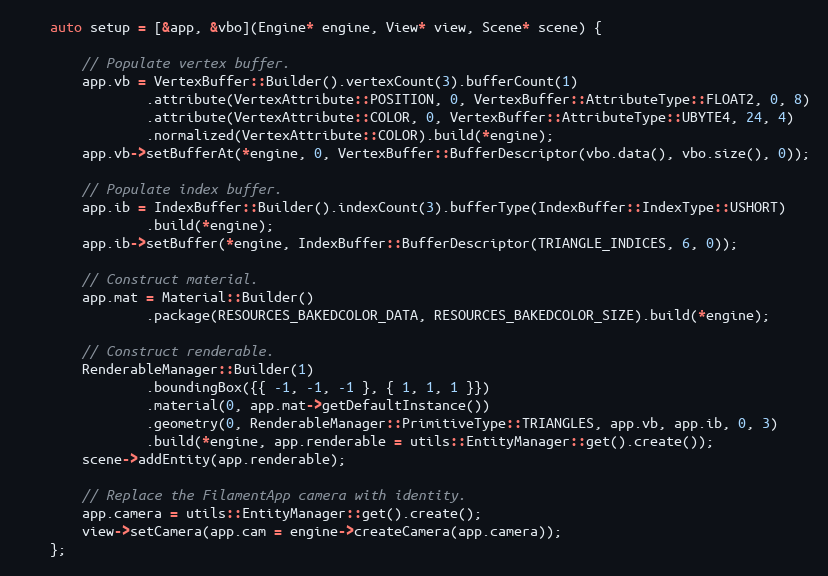
Language: C++
    auto setup = [&app, &vbo](Engine* engine, View* view, Scene* scene) {

        // Populate vertex buffer.
        app.vb = VertexBuffer::Builder().vertexCount(3).bufferCount(1)
                .attribute(VertexAttribute::POSITION, 0, VertexBuffer::AttributeType::FLOAT2, 0, 8)
                .attribute(VertexAttribute::COLOR, 0, VertexBuffer::AttributeType::UBYTE4, 24, 4)
                .normalized(VertexAttribute::COLOR).build(*engine);
        app.vb->setBufferAt(*engine, 0, VertexBuffer::BufferDescriptor(vbo.data(), vbo.size(), 0));

        // Populate index buffer.
        app.ib = IndexBuffer::Builder().indexCount(3).bufferType(IndexBuffer::IndexType::USHORT)
                .build(*engine);
        app.ib->setBuffer(*engine, IndexBuffer::BufferDescriptor(TRIANGLE_INDICES, 6, 0));

        // Construct material.
        app.mat = Material::Builder()
                .package(RESOURCES_BAKEDCOLOR_DATA, RESOURCES_BAKEDCOLOR_SIZE).build(*engine);

        // Construct renderable.
        RenderableManager::Builder(1)
                .boundingBox({{ -1, -1, -1 }, { 1, 1, 1 }})
                .material(0, app.mat->getDefaultInstance())
                .geometry(0, RenderableManager::PrimitiveType::TRIANGLES, app.vb, app.ib, 0, 3)
                .build(*engine, app.renderable = utils::EntityManager::get().create());
        scene->addEntity(app.renderable);

        // Replace the FilamentApp camera with identity.
        app.camera = utils::EntityManager::get().create();
        view->setCamera(app.cam = engine->createCamera(app.camera));
    };